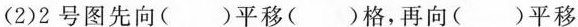
(2)2号图先向( )平移( )格，再向( )平移